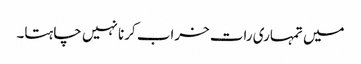
میں تمہاری رات خراب کرنا نہیں چاہتا۔